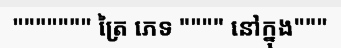
""""""" ត្រៃ ភេទ """" នៅក្នុង"""